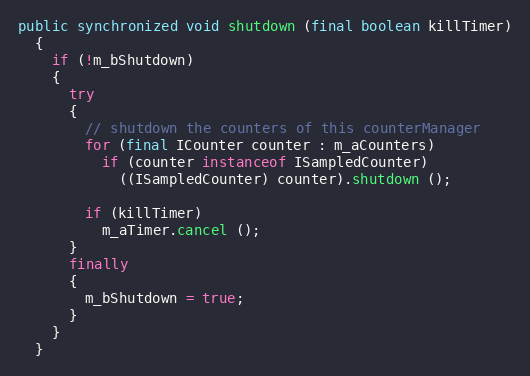
Language: Java
public synchronized void shutdown (final boolean killTimer)
  {
    if (!m_bShutdown)
    {
      try
      {
        // shutdown the counters of this counterManager
        for (final ICounter counter : m_aCounters)
          if (counter instanceof ISampledCounter)
            ((ISampledCounter) counter).shutdown ();

        if (killTimer)
          m_aTimer.cancel ();
      }
      finally
      {
        m_bShutdown = true;
      }
    }
  }